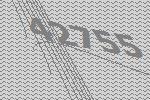
42755